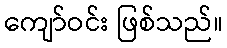
ကျော်ဝင်း ဖြစ်သည်။